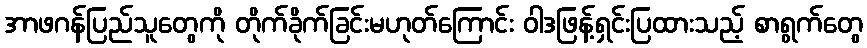
အာဖဂန်ပြည်သူတွေကို တိုက်ခိုက်ခြင်းမဟုတ်ကြောင်း ဝါဒဖြန့်ရှင်းပြထားသည့် စာရွက်တွေ